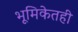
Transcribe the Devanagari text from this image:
भूमिकेतही